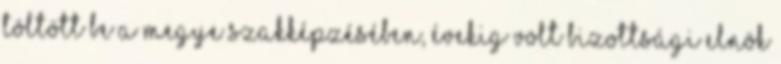
töltött be a megye szakképzésében, évekig volt bizottsági elnök